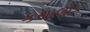
કથાલોક